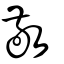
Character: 敬